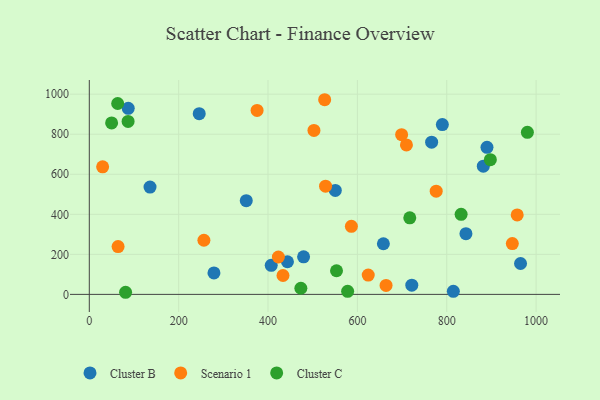
{"axis": {"x": "Price", "y": "Salary"}, "legend": ["Cluster B", "Cluster C", "Scenario 1"], "data": [{"x": "658.2", "y": 253.0, "type": "Cluster B"}, {"x": "890.1", "y": 734.4, "type": "Cluster B"}, {"x": "246.0", "y": 902.5, "type": "Cluster B"}, {"x": "843.0", "y": 303.2, "type": "Cluster B"}, {"x": "87.1", "y": 929.4, "type": "Cluster B"}, {"x": "443.5", "y": 162.9, "type": "Cluster B"}, {"x": "479.6", "y": 187.4, "type": "Cluster B"}, {"x": "790.2", "y": 848.1, "type": "Cluster B"}, {"x": "766.2", "y": 760.4, "type": "Cluster B"}, {"x": "814.8", "y": 15.4, "type": "Cluster B"}, {"x": "407.2", "y": 145.3, "type": "Cluster B"}, {"x": "279.0", "y": 107.0, "type": "Cluster B"}, {"x": "881.9", "y": 640.2, "type": "Cluster B"}, {"x": "965.2", "y": 154.3, "type": "Cluster B"}, {"x": "135.9", "y": 536.1, "type": "Cluster B"}, {"x": "550.6", "y": 519.2, "type": "Cluster B"}, {"x": "721.8", "y": 45.8, "type": "Cluster B"}, {"x": "351.3", "y": 467.9, "type": "Cluster B"}, {"x": "946.8", "y": 253.6, "type": "Scenario 1"}, {"x": "699.0", "y": 797.8, "type": "Scenario 1"}, {"x": "375.5", "y": 918.9, "type": "Scenario 1"}, {"x": "709.8", "y": 746.5, "type": "Scenario 1"}, {"x": "423.2", "y": 186.6, "type": "Scenario 1"}, {"x": "664.2", "y": 44.8, "type": "Scenario 1"}, {"x": "502.8", "y": 819.1, "type": "Scenario 1"}, {"x": "526.8", "y": 972.4, "type": "Scenario 1"}, {"x": "624.3", "y": 96.5, "type": "Scenario 1"}, {"x": "29.8", "y": 637.0, "type": "Scenario 1"}, {"x": "256.5", "y": 270.4, "type": "Scenario 1"}, {"x": "586.6", "y": 339.9, "type": "Scenario 1"}, {"x": "433.5", "y": 94.2, "type": "Scenario 1"}, {"x": "776.4", "y": 515.6, "type": "Scenario 1"}, {"x": "64.4", "y": 238.8, "type": "Scenario 1"}, {"x": "528.8", "y": 540.7, "type": "Scenario 1"}, {"x": "957.7", "y": 397.0, "type": "Scenario 1"}, {"x": "49.9", "y": 856.3, "type": "Cluster C"}, {"x": "980.5", "y": 809.5, "type": "Cluster C"}, {"x": "473.5", "y": 30.6, "type": "Cluster C"}, {"x": "897.6", "y": 672.7, "type": "Cluster C"}, {"x": "578.2", "y": 15.2, "type": "Cluster C"}, {"x": "86.8", "y": 863.9, "type": "Cluster C"}, {"x": "553.3", "y": 118.1, "type": "Cluster C"}, {"x": "717.3", "y": 382.2, "type": "Cluster C"}, {"x": "832.2", "y": 399.9, "type": "Cluster C"}, {"x": "81.2", "y": 10.5, "type": "Cluster C"}, {"x": "63.5", "y": 953.6, "type": "Cluster C"}]}